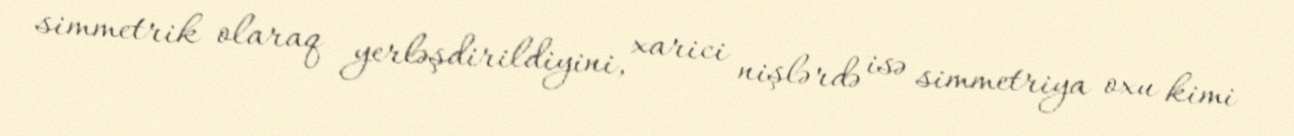
simmetrik olaraq yerləşdirildiyini, xarici nişlərdə isə simmetriya oxu kimi